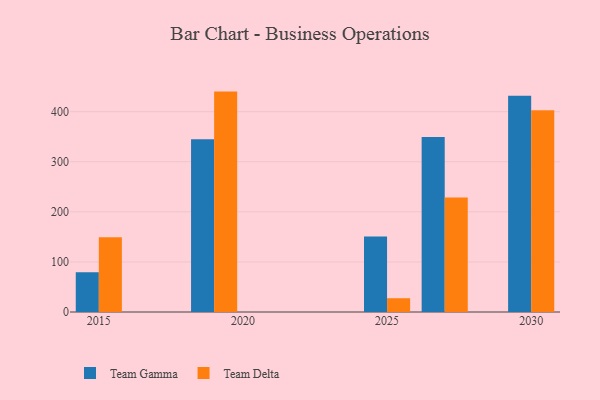
{"axis": {"x": "Year", "y": "Humidity (%)"}, "legend": ["Team Delta", "Team Gamma"], "data": [{"x": "2027", "y": 349.4, "type": "Team Gamma"}, {"x": "2027", "y": 228.6, "type": "Team Delta"}, {"x": "2019", "y": 345.1, "type": "Team Gamma"}, {"x": "2019", "y": 440.1, "type": "Team Delta"}, {"x": "2015", "y": 79.4, "type": "Team Gamma"}, {"x": "2015", "y": 149.5, "type": "Team Delta"}, {"x": "2030", "y": 431.8, "type": "Team Gamma"}, {"x": "2030", "y": 403.1, "type": "Team Delta"}, {"x": "2025", "y": 151.0, "type": "Team Gamma"}, {"x": "2025", "y": 27.5, "type": "Team Delta"}]}